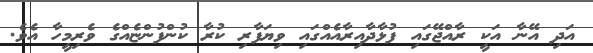
އަދި އޭނާ އަކީ ރާއްޖޭގައި ފުޅާދާއިރާއެއްގައި ވިޔަފާރި ކުރާ ކުންފުންޏެއްގެ ވެރިމީހާ އެވެ.